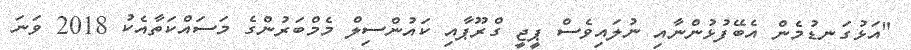
"އަޅުގަނޑުމެން އެބޭފުޅުންނާއި ނުލައިވެސް ޕީޖީ ގްރޫޕާއި ކައުންސިލް މެމްބަރުންގެ މަސައްކަތާއެކު 2018 ވަނަ